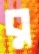
র